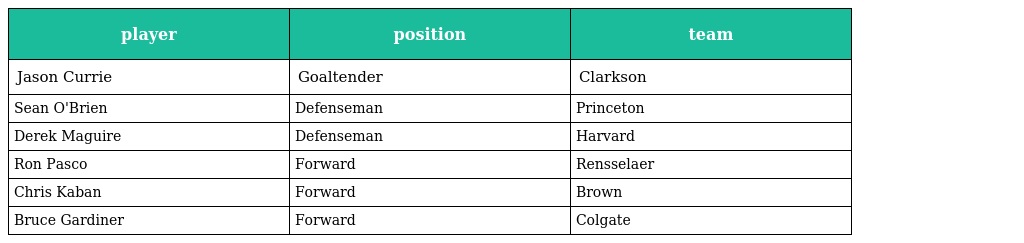
| player | position | team |
 | --- | --- | --- |
 | Jason Currie | Goaltender | Clarkson |
 | Sean O'Brien | Defenseman | Princeton |
 | Derek Maguire | Defenseman | Harvard |
 | Ron Pasco | Forward | Rensselaer |
 | Chris Kaban | Forward | Brown |
 | Bruce Gardiner | Forward | Colgate |